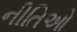
નીતિઓ